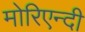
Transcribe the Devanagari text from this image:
मोरिएन्दी